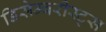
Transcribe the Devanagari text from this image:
डिसेम्बरीस्ट्स